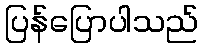
ပြန်ပြောပါသည်